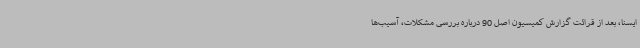
ایسنا، بعد از قرائت گزارش کمیسیون اصل 90 درباره بررسی مشکلات، آسیب‌ها